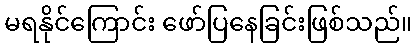
မရနိုင်ကြောင်း ဖော်ပြနေခြင်းဖြစ်သည်။